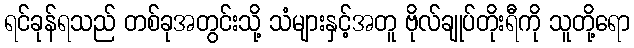
ရင်ခုန်ရသည် တစ်ခုအတွင်းသို့ သံများနှင့်အတူ ဗိုလ်ချုပ်တိုးရီကို သူတို့ရော